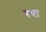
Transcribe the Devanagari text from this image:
रथा